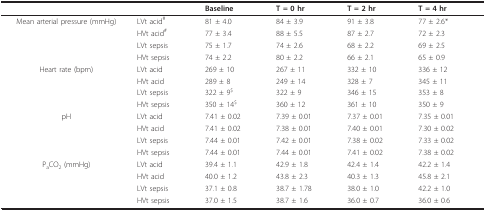
|  |  | Baseline | T = 0 hr | T = 2 hr | T = 4 hr |
 | --- | --- | --- | --- | --- | --- |
 | Mean arterial pressure (mmHg) | LVt acid# | 81 ± 4.0 | 84 ± 3.9 | 91 ± 3.8 | 77 ± 2.6* |
 |  | HVt acid# | 77 ± 3.4 | 88 ± 5.5 | 87 ± 2.7 | 72 ± 2.3 |
 |  | LVt sepsis | 75 ± 1.7 | 74 ± 2.6 | 68 ± 2.2 | 69 ± 2.5 |
 |  | HVt sepsis | 74 ± 2.2 | 80 ± 2.2 | 66 ± 2.1 | 65 ± 0.9 |
 | Heart rate (bpm) | LVt acid | 269 ± 10 | 267 ± 11 | 332 ± 10 | 336 ± 12 |
 |  | HVt acid | 289 ± 8 | 249 ± 14 | 328 ± 7 | 345 ± 11 |
 |  | LVt sepsis | 322 ± 9$ | 322 ± 9 | 346 ± 15 | 353 ± 8 |
 |  | HVt sepsis | 350 ± 14$ | 360 ± 12 | 361 ± 10 | 350 ± 9 |
 | pH | LVt acid | 7.41 ± 0.02 | 7.39 ± 0.01 | 7.37 ± 0.01 | 7.35 ± 0.01 |
 |  | HVt acid | 7.41 ± 0.02 | 7.38 ± 0.01 | 7.40 ± 0.01 | 7.30 ± 0.02 |
 |  | LVt sepsis | 7.44 ± 0.01 | 7.42 ± 0.01 | 7.38 ± 0.02 | 7.33 ± 0.02 |
 |  | HVt sepsis | 7.44 ± 0.01 | 7.44 ± 0.01 | 7.41 ± 0.02 | 7.38 ± 0.02 |
 | PaCO2 (mmHg) | LVt acid | 39.4 ± 1.1 | 42.9 ± 1.8 | 42.4 ± 1.4 | 42.2 ± 1.4 |
 |  | HVt acid | 40.0 ± 1.2 | 43.8 ± 2.3 | 40.3 ± 1.3 | 45.8 ± 2.1 |
 |  | LVt sepsis | 37.1 ± 0.8 | 38.7 ± 1.78 | 38.0 ± 1.0 | 42.2 ± 1.0 |
 |  | HVt sepsis | 37.0 ± 1.5 | 38.7 ± 1.6 | 36.0 ± 0.7 | 36.0 ± 0.6 |